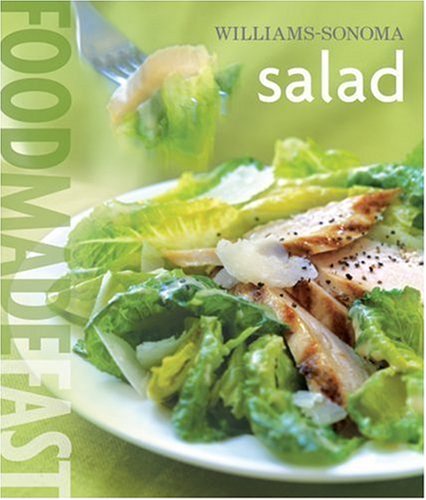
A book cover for Williams-Sonoma: Salad: Food Made Fast; Brigit Binns; Cookbooks, Food & Wine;